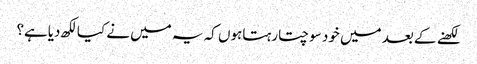
لکھنے کے بعد میں خود سوچتارہتاہوں کہ یہ میں نے کیالکھ دیاہے؟